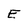
Character: E